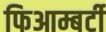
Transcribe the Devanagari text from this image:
फिआम्बर्टी